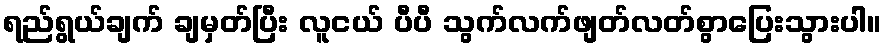
ရည်ရွယ်ချက် ချမှတ်ပြီး လူငယ် ပီပီ သွက်လက်ဖျတ်လတ်စွာပြေးသွားပါ။